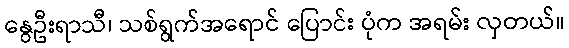
နွေဦးရာသီ၊ သစ်ရွက်အရောင် ပြောင်း ပုံက အရမ်း လှတယ်။